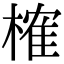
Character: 榷